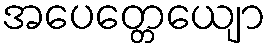
အပေတ္တေယျော